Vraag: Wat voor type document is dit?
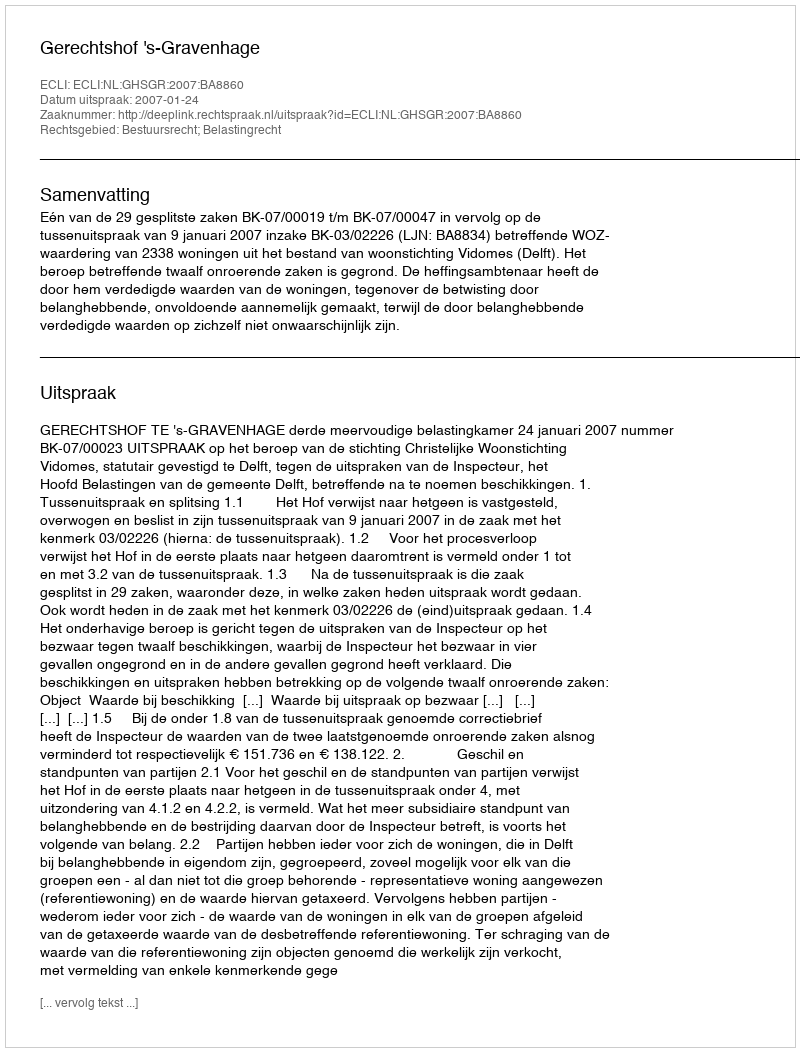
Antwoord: Uitspraak